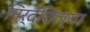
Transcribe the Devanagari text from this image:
निर्देशिल्या